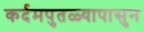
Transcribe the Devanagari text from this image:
कर्दमपुतळ्यापासुन